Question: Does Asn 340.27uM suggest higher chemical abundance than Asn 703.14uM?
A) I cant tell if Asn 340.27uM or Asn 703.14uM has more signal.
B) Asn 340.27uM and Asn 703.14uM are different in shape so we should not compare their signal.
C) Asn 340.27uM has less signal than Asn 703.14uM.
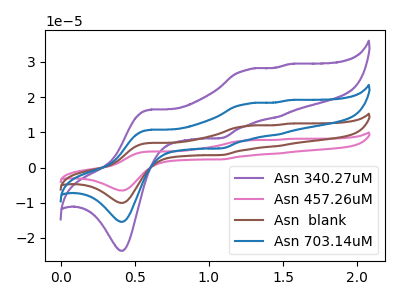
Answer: <think>The purple curve "Asn 340.27uM" has anodic peaks at (0.60V, 16.45uA) (1.25V, 27.80uA) (1.45V, 14.30uA) (1.55V, 29.35uA) and cathodic peaks at (0.40V, -23.65uA) (1.10V, 8.35uA). The pink curve "Asn 457.26uM" has anodic peaks at (0.60V, 32.10uA) (1.25V, 54.35uA) (1.45V, 28.00uA) (1.55V, 57.40uA) and cathodic peaks at (0.40V, -46.25uA) (1.10V, 16.35uA). The brown curve "Asn  blank" has anodic peaks at (0.60V, 21.40uA) (1.25V, 36.25uA) (1.45V, 18.65uA) (1.55V, 38.25uA) and cathodic peaks at (0.40V, -30.85uA) (1.10V, 10.90uA). The blue curve "Asn 703.14uM" has anodic peaks at (0.60V, 10.70uA) (1.25V, 18.10uA) (1.45V, 9.35uA) (1.55V, 19.15uA) and cathodic peaks at (0.40V, -15.40uA) (1.10V, 5.45uA).
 All the peaks in "Asn 340.27uM" have a peak in "Asn 703.14uM" at the same potential.</think>
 <answer>A) I cant tell if "Asn 340.27uM" or "Asn 703.14uM" has more signal.</answer>
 <eval>A</eval>